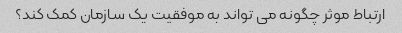
ارتباط موثر چگونه می تواند به موفقیت یک سازمان کمک کند؟